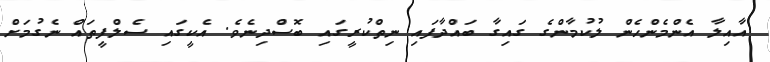
އާއިލާ އެންމެންހެން ލުކުމާންގެ ގައިގާ ބައްދާފައި ނިތްކުރީގައި ބޮސްދިނެވެ. އެކީގައި ސެލްފީތައް ނެގުމަށް